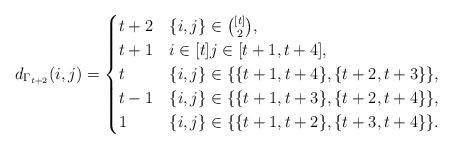
LaTeX: \begin{align*}d_{\Gamma_{t+2}}(i,j) =\begin{cases}t+2 & \{i,j\} \in \binom{[t]}{2}, \\t+1 & i\in [t] j\in [t+1,t+4], \\t & \{i,j\} \in \{\{t+1,t+4\},\{t+2,t+3\}\}, \\t-1 & \{i,j\} \in \{\{t+1,t+3\},\{t+2,t+4\}\}, \\1 & \{i,j\} \in \{\{t+1,t+2\},\{t+3,t+4\}\}.\end{cases} \end{align*}